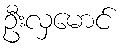
ဦးလှမောင်